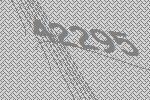
42295